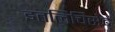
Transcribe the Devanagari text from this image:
इतलिचिसेद्